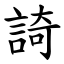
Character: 䛴